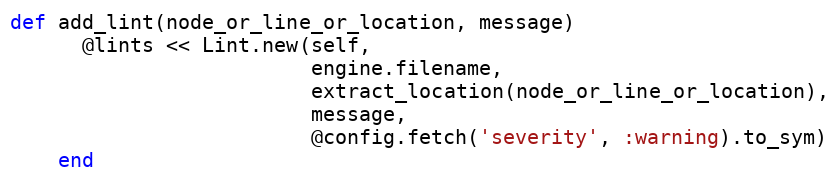
Language: Ruby
def add_lint(node_or_line_or_location, message)
      @lints << Lint.new(self,
                         engine.filename,
                         extract_location(node_or_line_or_location),
                         message,
                         @config.fetch('severity', :warning).to_sym)
    end